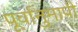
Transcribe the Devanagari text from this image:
पूर्वानुमापी